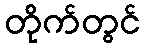
တိုက်တွင်